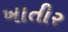
ખાતીર